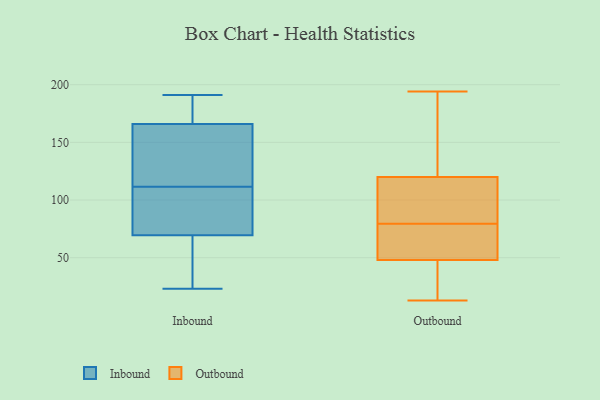
{"axis": {"x": "Backlog", "y": "Value"}, "legend": ["Inbound", "Outbound"], "data": [{"x": "", "y": 159, "type": "Inbound"}, {"x": "", "y": 94, "type": "Inbound"}, {"x": "", "y": 173, "type": "Inbound"}, {"x": "", "y": 181, "type": "Inbound"}, {"x": "", "y": 101, "type": "Inbound"}, {"x": "", "y": 67, "type": "Inbound"}, {"x": "", "y": 72, "type": "Inbound"}, {"x": "", "y": 122, "type": "Inbound"}, {"x": "", "y": 28, "type": "Inbound"}, {"x": "", "y": 191, "type": "Inbound"}, {"x": "", "y": 23, "type": "Inbound"}, {"x": "", "y": 125, "type": "Inbound"}, {"x": "", "y": 78, "type": "Outbound"}, {"x": "", "y": 48, "type": "Outbound"}, {"x": "", "y": 183, "type": "Outbound"}, {"x": "", "y": 120, "type": "Outbound"}, {"x": "", "y": 119, "type": "Outbound"}, {"x": "", "y": 41, "type": "Outbound"}, {"x": "", "y": 120, "type": "Outbound"}, {"x": "", "y": 31, "type": "Outbound"}, {"x": "", "y": 130, "type": "Outbound"}, {"x": "", "y": 13, "type": "Outbound"}, {"x": "", "y": 72, "type": "Outbound"}, {"x": "", "y": 144, "type": "Outbound"}, {"x": "", "y": 20, "type": "Outbound"}, {"x": "", "y": 194, "type": "Outbound"}, {"x": "", "y": 113, "type": "Outbound"}, {"x": "", "y": 54, "type": "Outbound"}, {"x": "", "y": 52, "type": "Outbound"}, {"x": "", "y": 81, "type": "Outbound"}]}